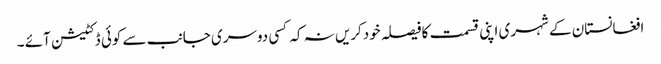
افغانستان کے شہری اپنی قسمت کافیصلہ خودکریں نہ کہ کسی دوسری جانب سے کوئی ڈکٹیشن آئے ۔